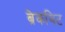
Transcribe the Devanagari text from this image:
ब्रेकबिट